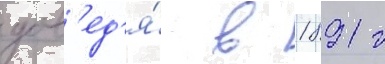
дов'ед'я́ в 1891 г